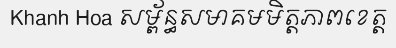
Khanh Hoa សម្ព័ន្ធសមាគមមិត្តភាពខេត្ត